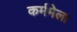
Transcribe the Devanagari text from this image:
कर्ममेला